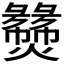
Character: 𬋝